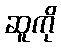
ဆူကို